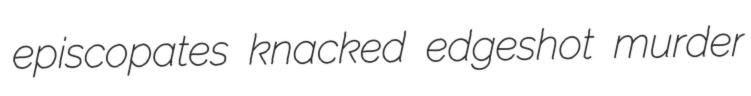
episcopates knacked edgeshot murder